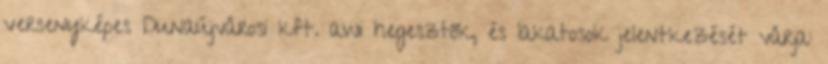
versenyképes Dunaújvárosi kft. awi hegesztők, és lakatosok jelentkezését várja: